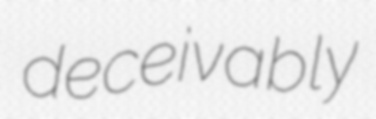
deceivably